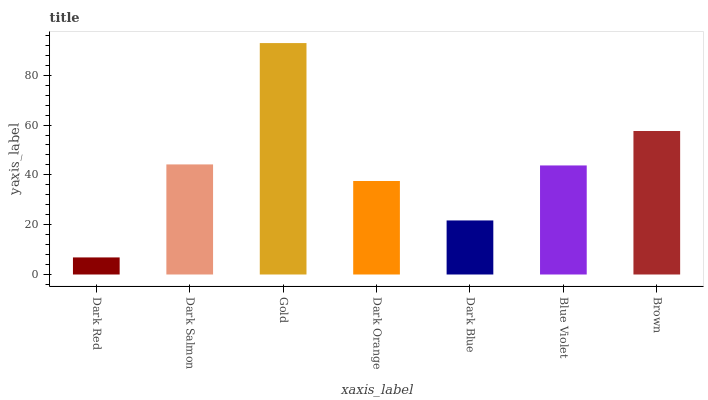
| xaxis_label | bars |
 | --- | --- |
 | Dark Red | 6.86 |
 | Dark Salmon | 44.2 |
 | Gold | 92.9 |
 | Dark Orange | 37.5 |
 | Dark Blue | 21.7 |
 | Blue Violet | 43.8 |
 | Brown | 57.6 |